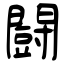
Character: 闘